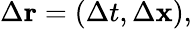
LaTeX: \Delta\mathbf{r}=\left(\Delta t,\Delta\mathbf{x}\right),